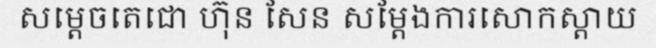
សម្តេចតេជោ ហ៊ុន សែន សម្តែងការសោកស្តាយ